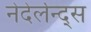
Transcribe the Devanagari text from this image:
नेदेर्लन्द्स